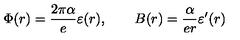
\Phi ( r ) = \frac { 2 \pi \alpha } { e } \varepsilon ( r ) , \qquad B ( r ) = \frac { \alpha } { e r } \varepsilon ^ { \prime } ( r )